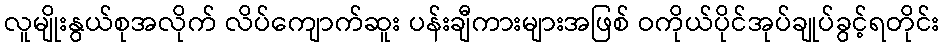
လူမျိုးနွယ်စုအလိုက် လိပ်ကျောက်ဆူး ပန်းချီကားများအဖြစ် ဝကိုယ်ပိုင်အုပ်ချုပ်ခွင့်ရတိုင်း